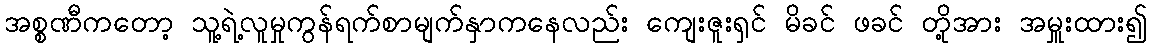
အစ္စဏီကတော့ သူ့ရဲ့လူမှုကွန်ရက်စာမျက်နှာကနေလည်း ကျေးဇူးရှင် မိခင် ဖခင် တို့အား အမှူးထား၍